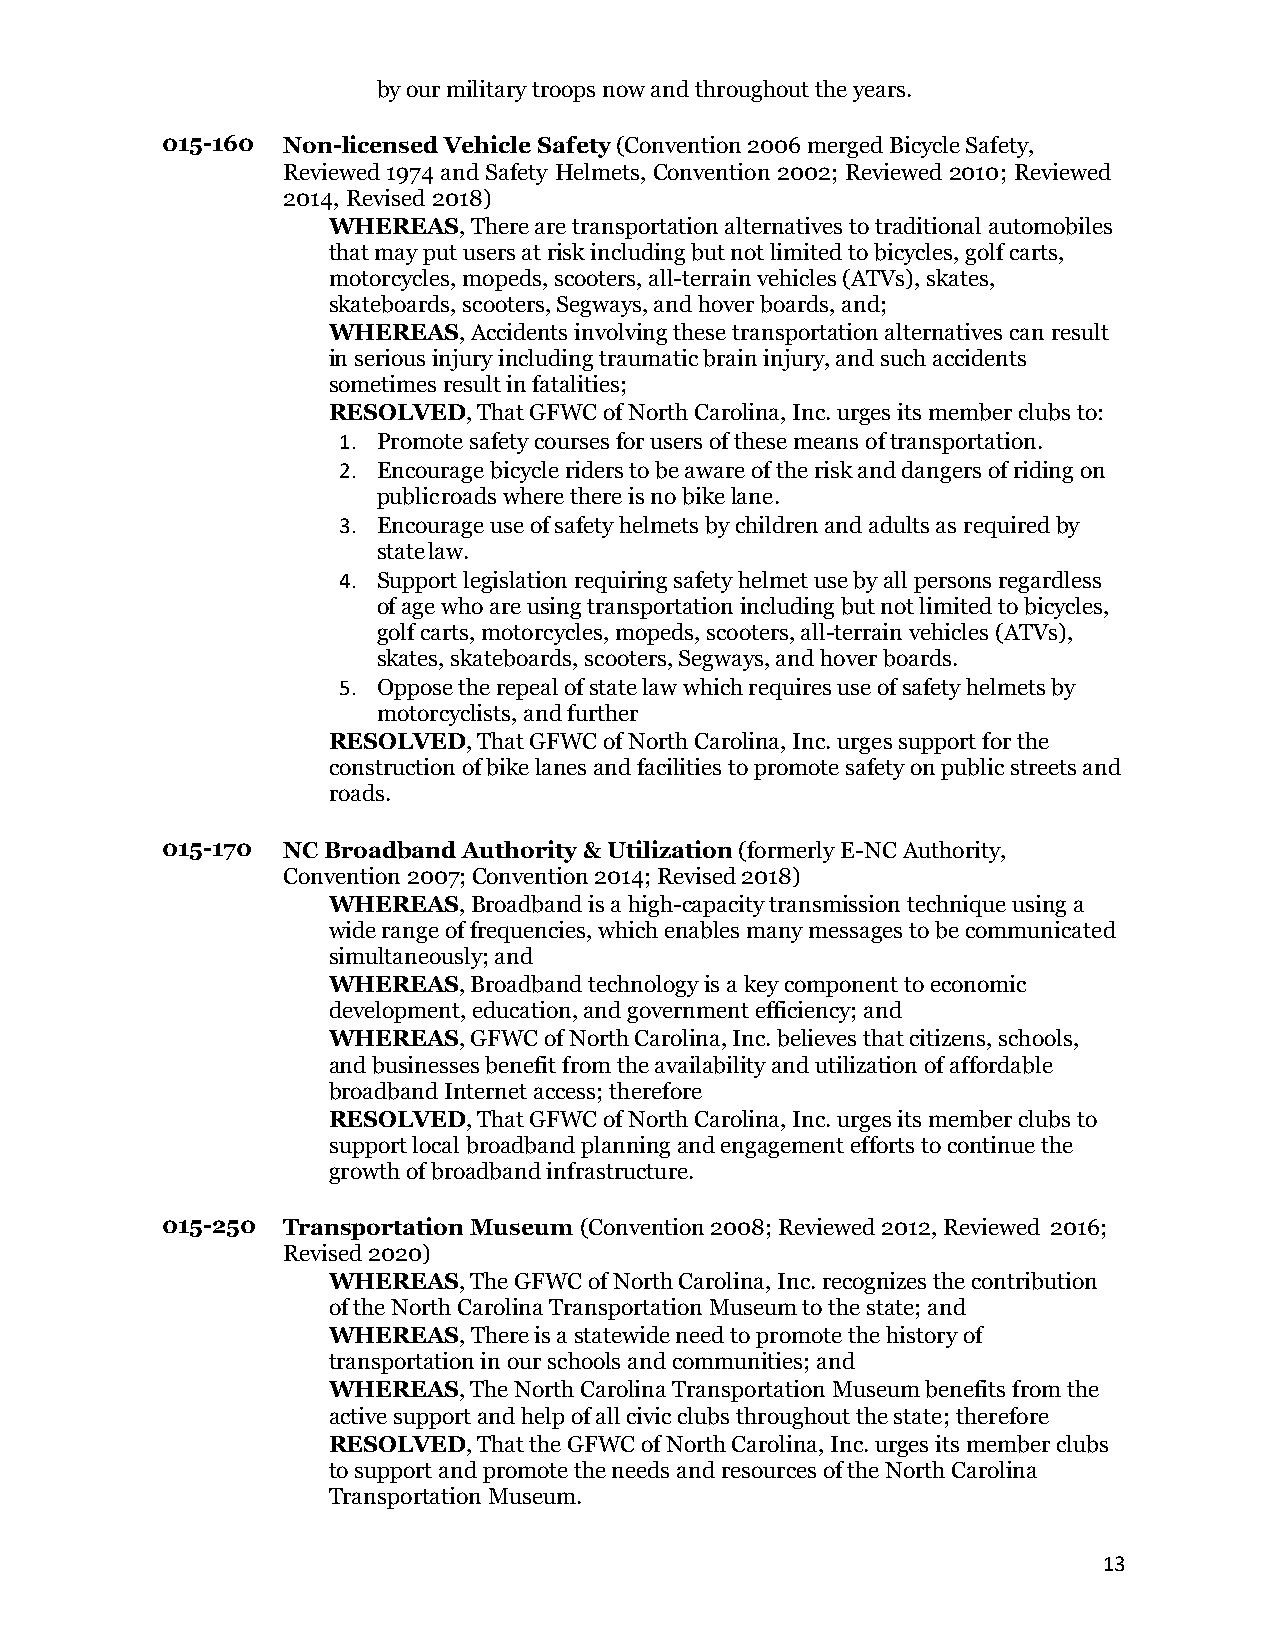
by our military troops now and throughout the years.
 015-160 Non-licensed Vehicle Safety (Convention 2006 merged Bicycle Safety,
 Reviewed 1974 and Safety Helmets, Convention 2002; Reviewed 2010; Reviewed
 2014, Revised 2018)
 WHEREAS, There are transportation alternatives to traditional automobiles
 that may put users at risk including but not limited to bicycles, golf carts,
 motorcycles, mopeds, scooters, all-terrain vehicles (ATVs), skates,
 skateboards, scooters, Segways, and hover boards, and;
 WHEREAS, Accidents involving these transportation alternatives can result
 in serious injury including traumatic brain injury, and such accidents
 sometimes result in fatalities;
 RESOLVED, That GFWC of North Carolina, Inc. urges its member clubs to:
 1. Promote safety courses for users of these means of transportation.
 2. Encourage bicycle riders to be aware of the risk and dangers of riding on
 public roads where there is no bike lane.
 3. Encourage use of safety helmets by children and adults as required by
 state law.
 4. Support legislation requiring safety helmet use by all persons regardless
 of age who are using transportation including but not limited to bicycles,
 golf carts, motorcycles, mopeds, scooters, all-terrain vehicles (ATVs),
 skates, skateboards, scooters, Segways, and hover boards.
 5. Oppose the repeal of state law which requires use of safety helmets by
 motorcyclists, and further
 RESOLVED, That GFWC of North Carolina, Inc. urges support for the
 construction of bike lanes and facilities to promote safety on public streets and
 roads.
 015-170 NC Broadband Authority & Utilization (formerly E-NC Authority,
 Convention 2007; Convention 2014; Revised 2018)
 WHEREAS, Broadband is a high-capacity transmission technique using a
 wide range of frequencies, which enables many messages to be communicated
 simultaneously; and
 WHEREAS, Broadband technology is a key component to economic
 development, education, and government efficiency; and
 WHEREAS, GFWC of North Carolina, Inc. believes that citizens, schools,
 and businesses benefit from the availability and utilization of affordable
 broadband Internet access; therefore
 RESOLVED, That GFWC of North Carolina, Inc. urges its member clubs to
 support local broadband planning and engagement efforts to continue the
 growth of broadband infrastructure.
 015-250 Transportation Museum (Convention 2008; Reviewed 2012, Reviewed 2016;
 Revised 2020)
 WHEREAS, The GFWC of North Carolina, Inc. recognizes the contribution
 of the North Carolina Transportation Museum to the state; and
 WHEREAS, There is a statewide need to promote the history of
 transportation in our schools and communities; and
 WHEREAS, The North Carolina Transportation Museum benefits from the
 active support and help of all civic clubs throughout the state; therefore
 RESOLVED, That the GFWC of North Carolina, Inc. urges its member clubs
 to support and promote the needs and resources of the North Carolina
 Transportation Museum.
 13